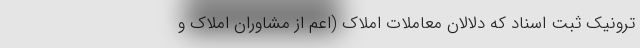
ترونیک ثبت اسناد که دلالان معاملات املاک (اعم از مشاوران املاک و